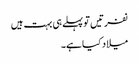
نفرتیں تو پہلے ہی بہت ہیں
میلاد کیا ہے۔